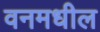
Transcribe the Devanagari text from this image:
वनमधील